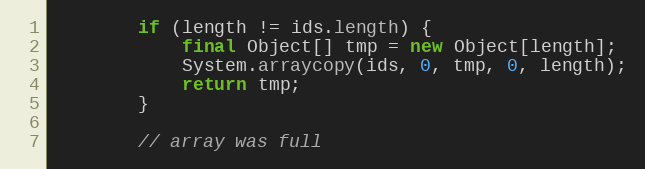
Language: Java
        if (length != ids.length) {
            final Object[] tmp = new Object[length];
            System.arraycopy(ids, 0, tmp, 0, length);
            return tmp;
        }

        // array was full